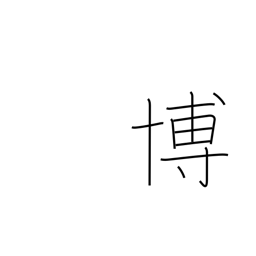
Meaning: win acclaim